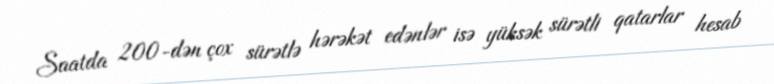
Saatda 200-dən çox sürətlə hərəkət edənlər isə yüksək sürətli qatarlar hesab